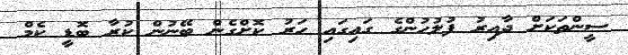
ސީންތަކަށް ދާއިރު ފުލުހުންގެ ގައިގައި ހަރު ކޮށްގެން ބޭނުން ކުރާ ބޮޑީ ކެމް